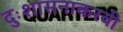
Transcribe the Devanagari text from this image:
दुःशासनाकरवी